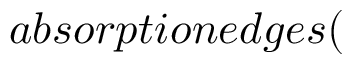
a b s o r p t i o n e d g e s (